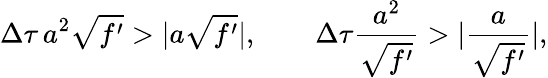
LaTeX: \Delta\tau\, a^{2}\sqrt{f^{\prime}}>\vert a\sqrt{f^{\prime}}\vert,\qquad\Delta\tau\frac{a^{2}}{\sqrt{f^{\prime}}}>\vert\frac a{\sqrt{f^{\prime}}}\vert,